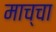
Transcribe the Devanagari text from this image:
माच्चा